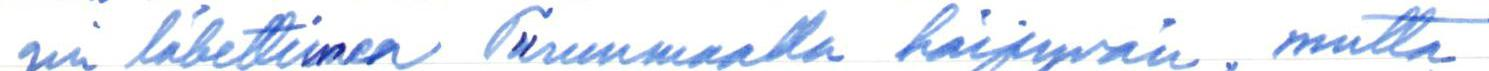
gin lähettimen Turunmaalla häipyvän, mutta